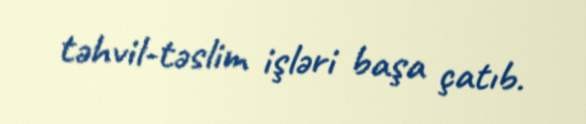
təhvil-təslim işləri başa çatıb.